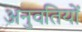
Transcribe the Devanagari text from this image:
अनुवतियों